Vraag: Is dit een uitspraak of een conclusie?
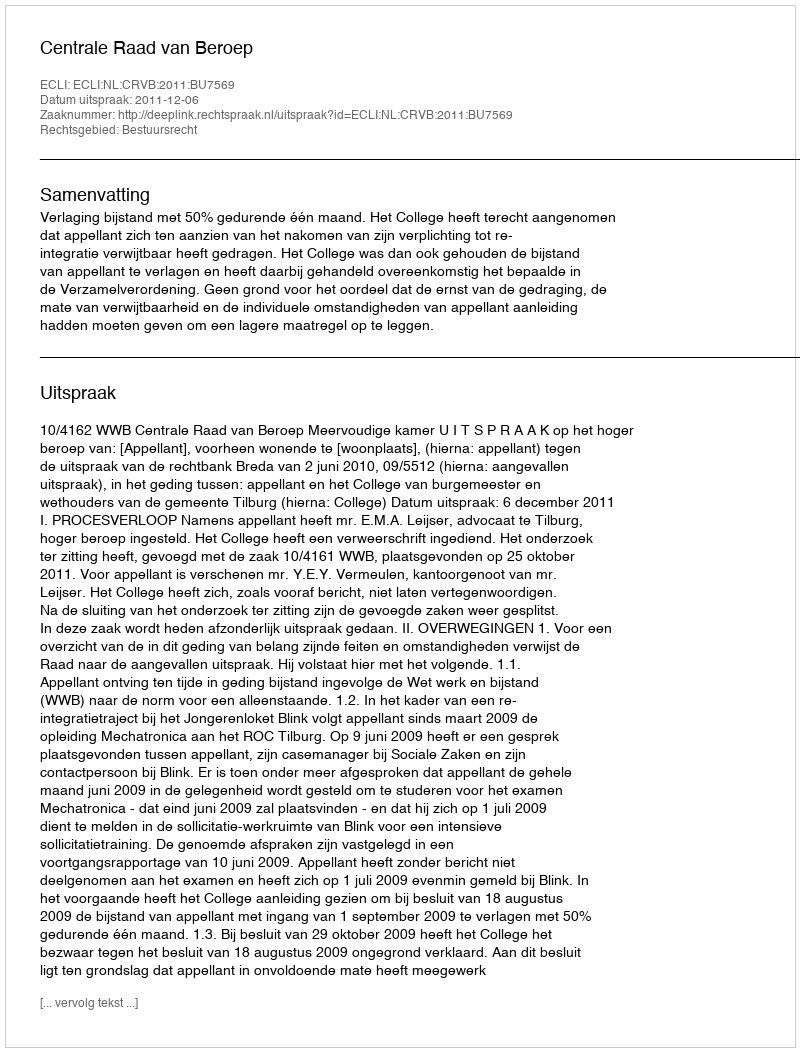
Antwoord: Uitspraak